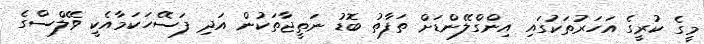
މީގެ ކުރީގެ އަހަރުތަކުގައި އިންގްލޭންޑަށް ތަފާތު ބޮޑު ނަތީޖާތަކުން އަދި ފަސޭހަކަމާއެކީ ވޭލްސްގެ